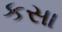
કસા